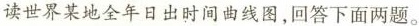
读世界某地全年日出时间曲线图，回答下面两题。